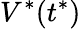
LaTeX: V^{*}(t^{*})